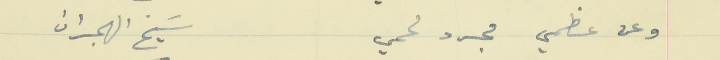
وعن عظمي مجرد لحمي                                  سَيخ الهجران